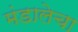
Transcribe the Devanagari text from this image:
मंडालेचा